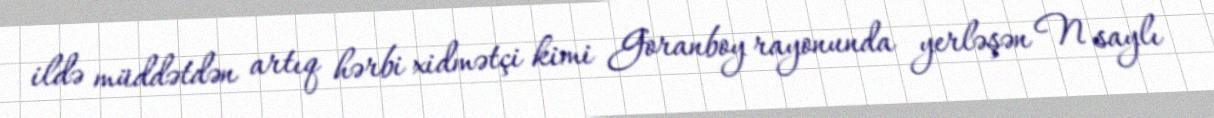
ildə müddətdən artıq hərbi xidmətçi kimi Goranboy rayonunda yerləşən N saylı